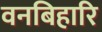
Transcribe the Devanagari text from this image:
वनबिहारि